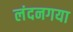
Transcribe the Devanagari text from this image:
लंदनगया